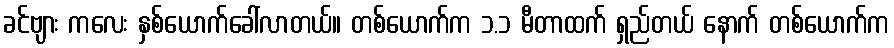
ခင်ဗျား ကလေး နှစ်ယောက်ခေါ်လာတယ်။ တစ်ယောက်က ၁.၁ မီတာထက် ရှည်တယ် နောက် တစ်ယောက်က